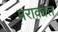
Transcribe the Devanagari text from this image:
पराकात